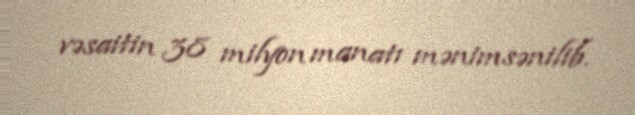
vəsaitin 38 milyon manatı mənimsənilib.